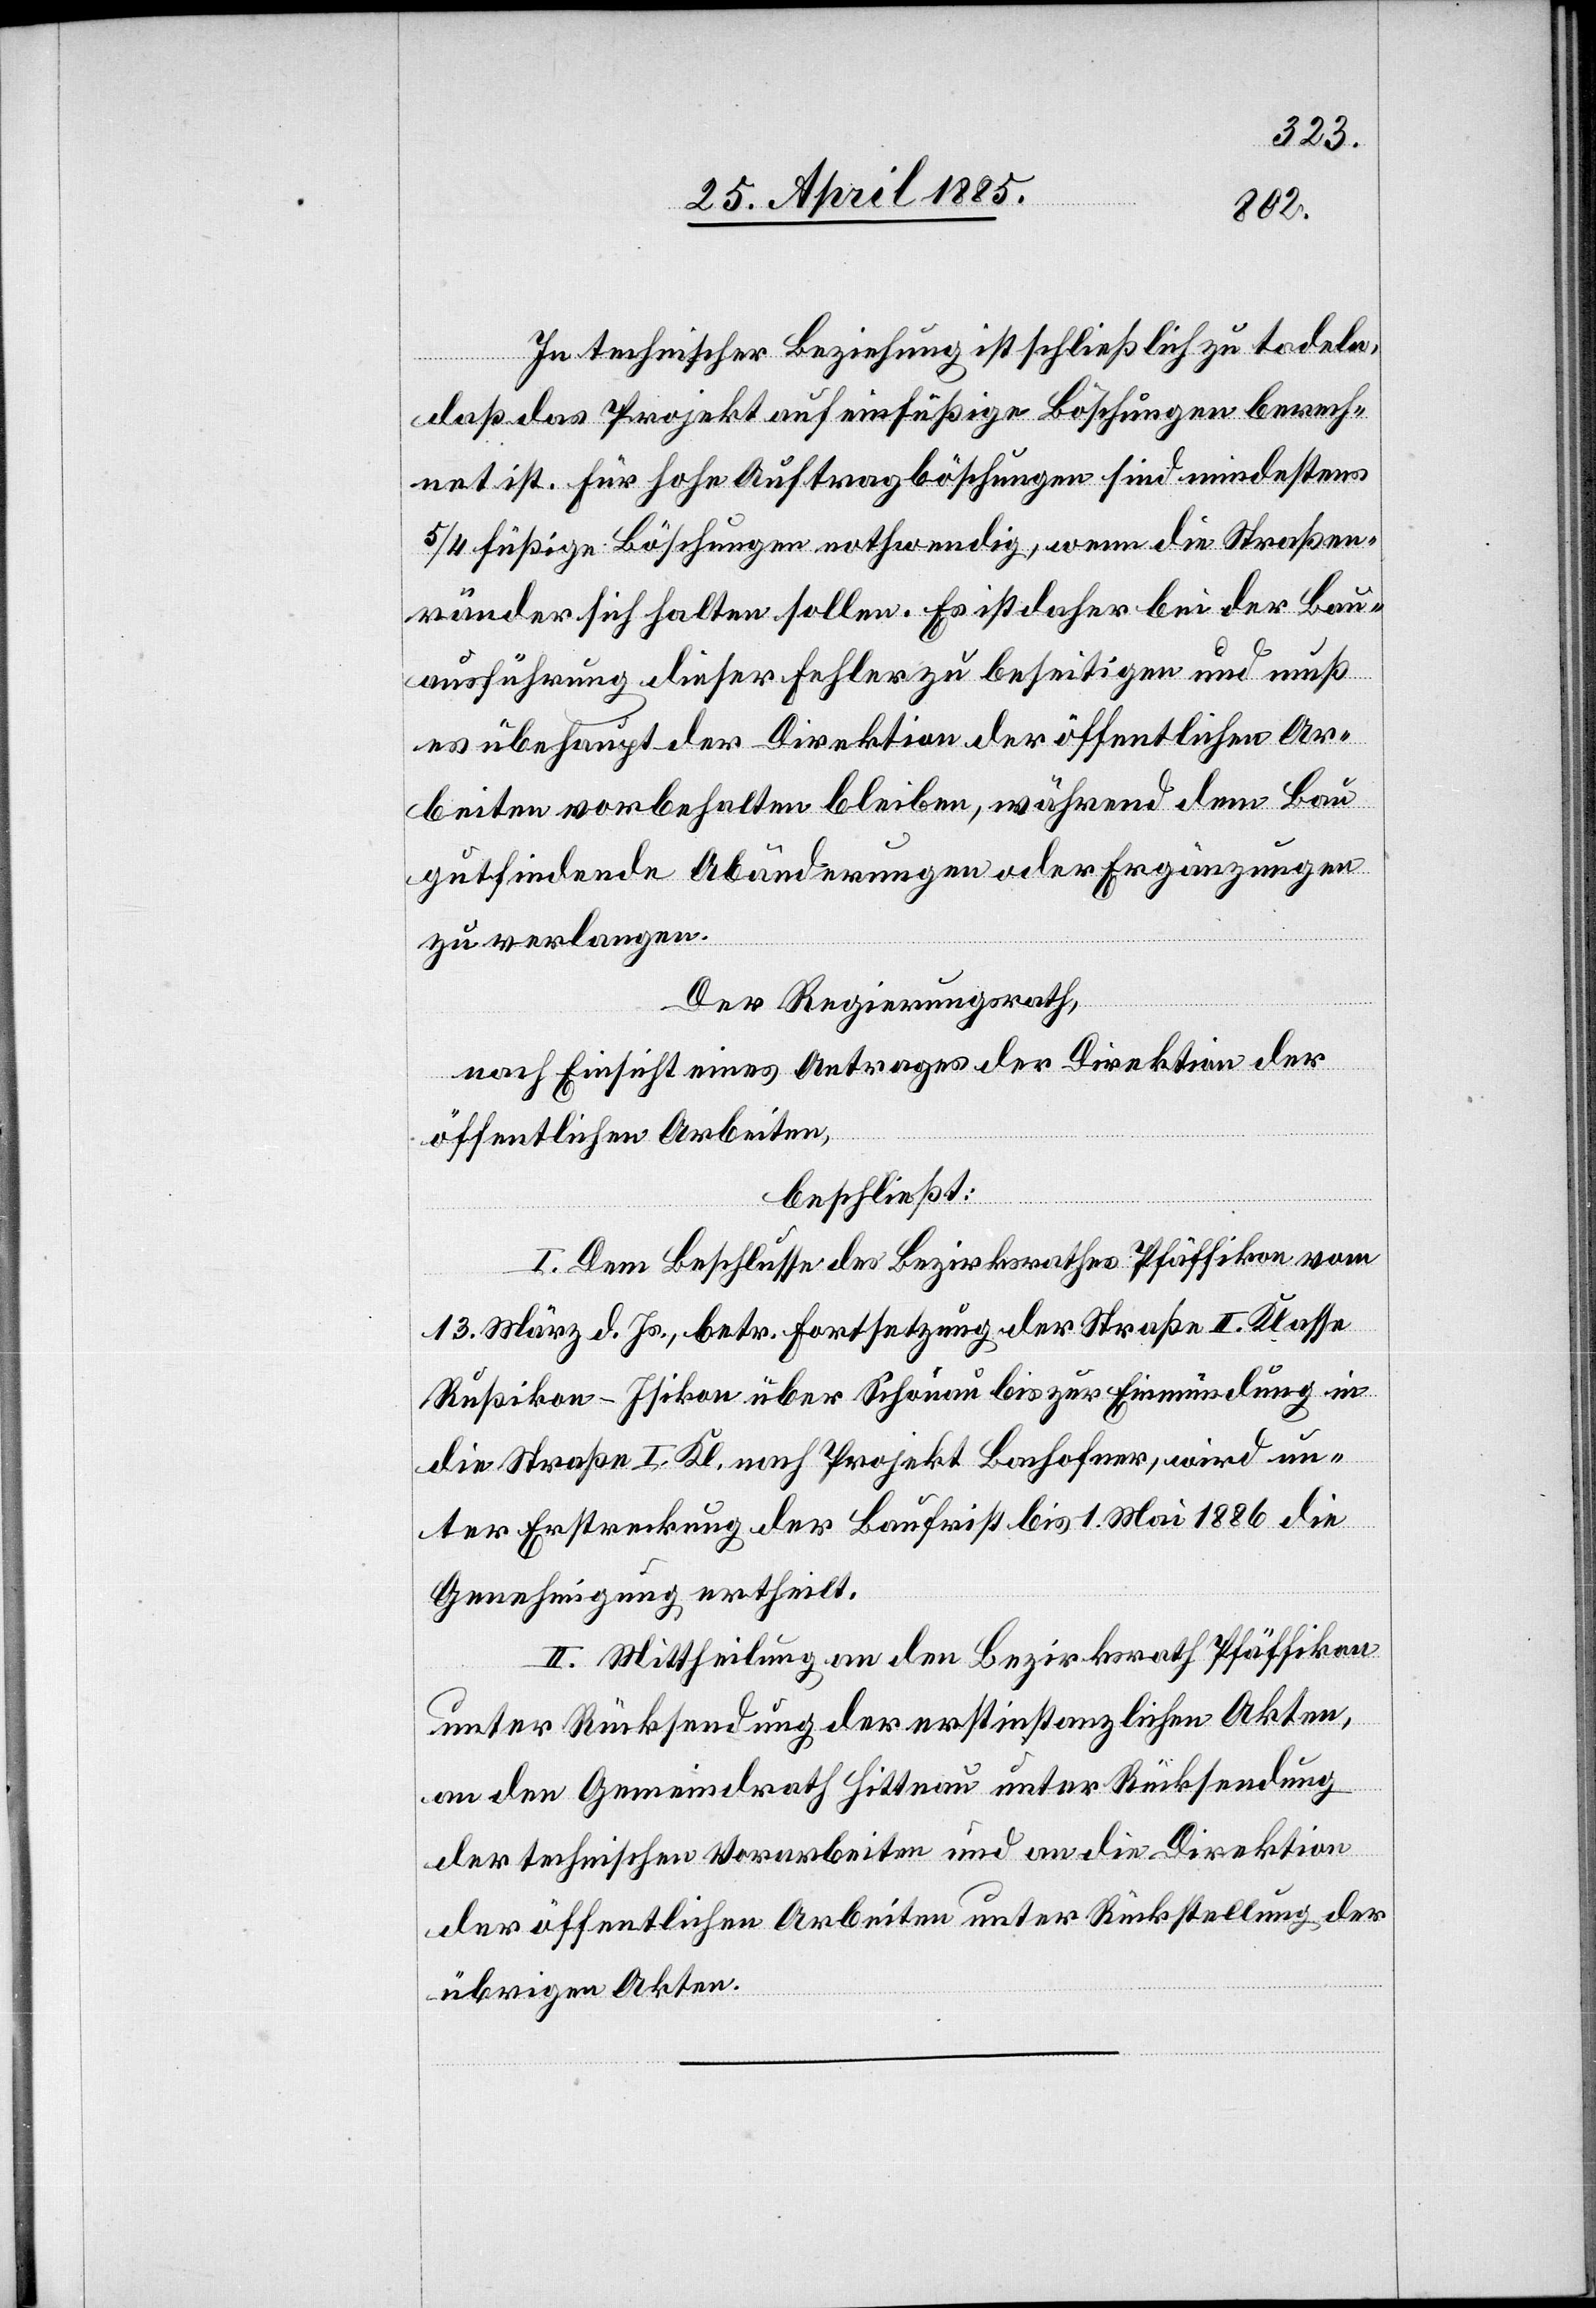
In technischer Beziehung ist schließlich zu tadeln,
daß das Projekt auf einfüßige Böschungen berech¬
net ist. Für hohe Auftragböschungen sind mindestens
5/4 füßige Böschungen nothwendig, wenn die Straßen¬
ränder sich halten sollen. Es ist daher bei der Bau¬
ausführung dieser Fehler zu beseitigen und muß
es überhaupt der Direktion der öffentlichen Ar¬
beiten vorbehalten bleiben, während dem Bau
gutfindende Abänderungen oder Ergänzungen
zu verlangen.
Der Regierungsrath,
nach Einsicht eines Antrages der Direktion der
öffentlichen Arbeiten,
beschließt:
I. Dem Beschlusse des Bezirksrathes Pfäffikon vom
13. März d. Js., betr. Fortsetzung der Straße II. Klasse
Rußikon–Isikon über Schönau bis zur Einmündung in
die Straße I. Kl. nach Projekt Bachofner, wird un¬
ter Erstreckung der Baufrist bis 1. Mai 1886 die
Genehmigung ertheilt.
II. Mittheilung an den Bezirksrath Pfäffikon
unter Rücksendung der erstinstanzlichen Akten,
an den Gemeindrath Hittnau unter Rücksendung
der technischen Vorarbeiten und an die Direktion
der öffentlichen Arbeiten unter Rückstellung der
übrigen Akten.